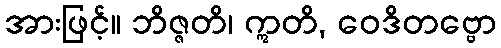
အားဖြင့်။ ဘိဇ္ဇတိ၊ ဣတိ, ဝေဒိတဗ္ဗော